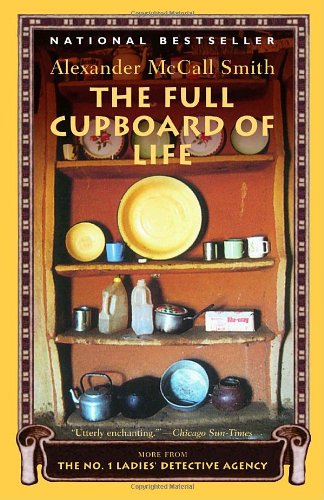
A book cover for The Full Cupboard of Life (No. 1 Ladies Detective Agency, Book 5); Alexander McCall Smith; Literature & Fiction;